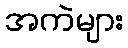
အကဲများ